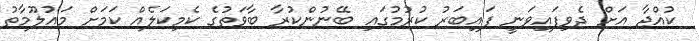
ކުއްޖާ އަށް ދެވިފައިވަނީ ފައިބަރު ކުރުމުގައި ބޭނުންކުރާ ބާވަތުގެ ކެމިކަލެއް ކަމަށް މައުލޫމާތު